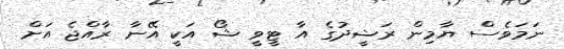
ނަމަވެސް ޔާމިން ރަޝީދުގެ އާ ޓީވީ ޝޯ އަކީ އޭނާ ރާއްޖެ އަށް